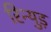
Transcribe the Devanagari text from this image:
रिन्युड़